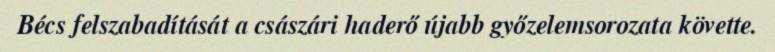
Bécs felszabadítását a császári haderő újabb győzelemsorozata követte.